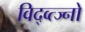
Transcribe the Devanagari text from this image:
विद्व्त्ज्नो